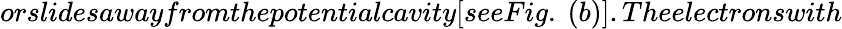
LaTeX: orslidesawayfromthepotentialcavity[seeFig.~(b)].Theelectronswith